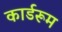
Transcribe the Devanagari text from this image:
कार्डरूम